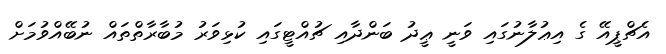
އެޗްޕީއޭ ގެ އިޢުލާނުގައި ވަނީ ޢީދު ބަންދާއި ޗުއްޓީގައި ކުޅިވަރު މުބާރާތްތައް ނުބޭއްވުމަށް